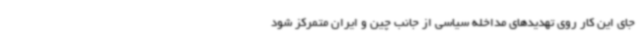
جای این کار روی تهدیدهای مداخله سیاسی از جانب چین و ایران متمرکز شود